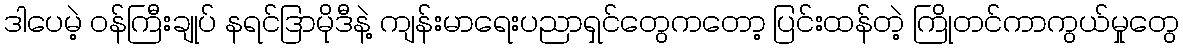
ဒါပေမဲ့ ဝန်ကြီးချုပ် နရင်ဒြာမိုဒီနဲ့ ကျန်းမာရေးပညာရှင်တွေကတော့ ပြင်းထန်တဲ့ ကြိုတင်ကာကွယ်မှုတွေ